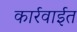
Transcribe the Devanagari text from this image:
कार्रवाईत